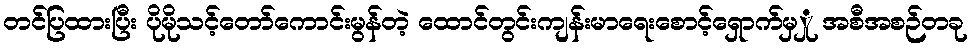
တင်ပြထားပြီး ပိုမိုသင့်တော်ကောင်းမွန်တဲ့ ထောင်တွင်းကျန်းမာရေးစောင့်ရှောက်မှှု အစီအစဉ်တခု